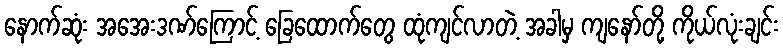
နောက်ဆုံး အအေးဒဏ်ကြောင့် ခြေထောက်တွေ ထုံကျင်လာတဲ့ အခါမှ ကျနော်တို့ ကိုယ်လုံးချင်း